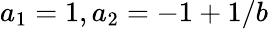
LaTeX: a_{1}=1,a_{2}=-1+1/b